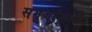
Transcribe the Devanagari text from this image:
समजांमध्ये